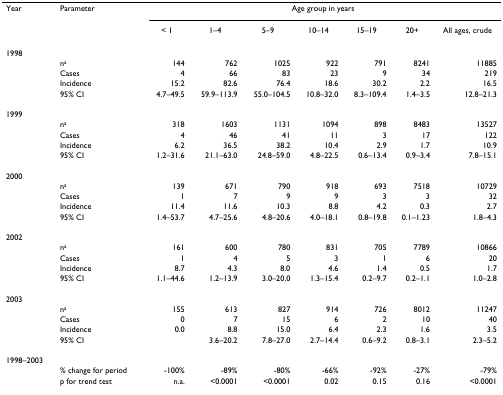
<table><thead><tr><td><b>Year</b></td><td><b>Parameter</b></td><td colspan="7"><b>Age group in years</b></td></tr><tr><td></td><td></td><td><b>&lt; 1</b></td><td><b>1–4</b></td><td><b>5–9</b></td><td><b>10–14</b></td><td><b>15–19</b></td><td><b>20+</b></td><td><b>All ages, crude</b></td></tr></thead><tbody><tr><td>1998</td><td></td><td></td><td></td><td></td><td></td><td></td><td></td><td></td></tr><tr><td></td><td>n<sup>a</sup></td><td>144</td><td>762</td><td>1025</td><td>922</td><td>791</td><td>8241</td><td>11885</td></tr><tr><td></td><td>Cases</td><td>4</td><td>66</td><td>83</td><td>23</td><td>9</td><td>34</td><td>219</td></tr><tr><td></td><td>Incidence</td><td>15.2</td><td>82.6</td><td>76.4</td><td>18.6</td><td>30.2</td><td>2.2</td><td>16.5</td></tr><tr><td></td><td>95% CI</td><td>4.7–49.5</td><td>59.9–113.9</td><td>55.0–104.5</td><td>10.8–32.0</td><td>8.3–109.4</td><td>1.4–3.5</td><td>12.8–21.3</td></tr><tr><td>1999</td><td></td><td></td><td></td><td></td><td></td><td></td><td></td><td></td></tr><tr><td></td><td>n<sup>a</sup></td><td>318</td><td>1603</td><td>1131</td><td>1094</td><td>898</td><td>8483</td><td>13527</td></tr><tr><td></td><td>Cases</td><td>4</td><td>46</td><td>41</td><td>11</td><td>3</td><td>17</td><td>122</td></tr><tr><td></td><td>Incidence</td><td>6.2</td><td>36.5</td><td>38.2</td><td>10.4</td><td>2.9</td><td>1.7</td><td>10.9</td></tr><tr><td></td><td>95% CI</td><td>1.2–31.6</td><td>21.1–63.0</td><td>24.8–59.0</td><td>4.8–22.5</td><td>0.6–13.4</td><td>0.9–3.4</td><td>7.8–15.1</td></tr><tr><td>2000</td><td></td><td></td><td></td><td></td><td></td><td></td><td></td><td></td></tr><tr><td></td><td>n<sup>a</sup></td><td>139</td><td>671</td><td>790</td><td>918</td><td>693</td><td>7518</td><td>10729</td></tr><tr><td></td><td>Cases</td><td>1</td><td>7</td><td>9</td><td>9</td><td>3</td><td>3</td><td>32</td></tr><tr><td></td><td>Incidence</td><td>11.4</td><td>11.6</td><td>10.3</td><td>8.8</td><td>4.2</td><td>0.3</td><td>2.7</td></tr><tr><td></td><td>95% CI</td><td>1.4–53.7</td><td>4.7–25.6</td><td>4.8–20.6</td><td>4.0–18.1</td><td>0.8–19.8</td><td>0.1–1.23</td><td>1.8–4.3</td></tr><tr><td>2002</td><td></td><td></td><td></td><td></td><td></td><td></td><td></td><td></td></tr><tr><td></td><td>n<sup>a</sup></td><td>161</td><td>600</td><td>780</td><td>831</td><td>705</td><td>7789</td><td>10866</td></tr><tr><td></td><td>Cases</td><td>1</td><td>4</td><td>5</td><td>3</td><td>1</td><td>6</td><td>20</td></tr><tr><td></td><td>Incidence</td><td>8.7</td><td>4.3</td><td>8.0</td><td>4.6</td><td>1.4</td><td>0.5</td><td>1.7</td></tr><tr><td></td><td>95% CI</td><td>1.1–44.6</td><td>1.2–13.9</td><td>3.0–20.0</td><td>1.3–15.4</td><td>0.2–9.7</td><td>0.2–1.1</td><td>1.0–2.8</td></tr><tr><td>2003</td><td></td><td></td><td></td><td></td><td></td><td></td><td></td><td></td></tr><tr><td></td><td>n<sup>a</sup></td><td>155</td><td>613</td><td>827</td><td>914</td><td>726</td><td>8012</td><td>11247</td></tr><tr><td></td><td>Cases</td><td>0</td><td>7</td><td>15</td><td>6</td><td>2</td><td>10</td><td>40</td></tr><tr><td></td><td>Incidence</td><td>0.0</td><td>8.8</td><td>15.0</td><td>6.4</td><td>2.3</td><td>1.6</td><td>3.5</td></tr><tr><td></td><td>95% CI</td><td></td><td>3.6–20.2</td><td>7.8–27.0</td><td>2.7–14.4</td><td>0.6–9.2</td><td>0.8–3.1</td><td>2.3–5.2</td></tr><tr><td>1998–2003</td><td></td><td></td><td></td><td></td><td></td><td></td><td></td><td></td></tr><tr><td></td><td>% change for period</td><td>-100%</td><td>-89%</td><td>-80%</td><td>-66%</td><td>-92%</td><td>-27%</td><td>-79%</td></tr><tr><td></td><td>p for trend test</td><td>n.a.</td><td>&lt;0.0001</td><td>&lt;0.0001</td><td>0.02</td><td>0.15</td><td>0.16</td><td>&lt;0.0001</td></tr></tbody></table>